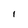
Character: 1